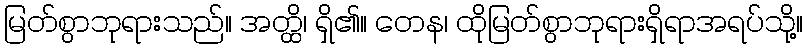
မြတ်စွာဘုရားသည်။ အတ္ထိ၊ ရှိ၏။ တေန၊ ထိုမြတ်စွာဘုရားရှိရာအရပ်သို့။